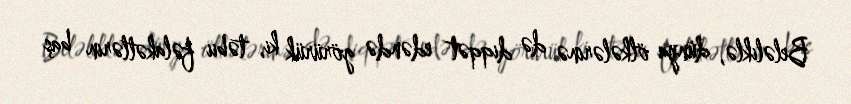
Beləliklə, dünya ölkələrinə də diqqət edəndə görürük ki, təbii fəlakətlərin baş